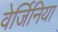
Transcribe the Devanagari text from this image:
वेर्जिनिया